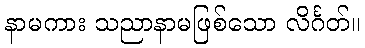
နာမကား သညာနာမဖြစ်သော လိင်္ဂတ်။